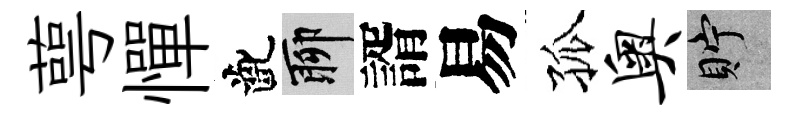
萼憚齔聊諝易孤奥貯